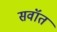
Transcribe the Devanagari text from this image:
सवॉत